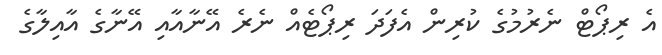
އެ ރިޕޯޓް ނެރުމުގެ ކުރިން އެފަދަ ރިޕޯޓެއް ނެރެ އޭނާއާއި އޭނާގެ އާއިލާގެ